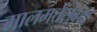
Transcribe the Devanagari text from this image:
मालमत्तेसंबंधी